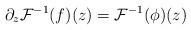
LaTeX: \begin{align*}\partial_{z} \mathcal{F}^{-1}(f)(z) = \mathcal{F}^{-1}(\phi)(z) \end{align*}